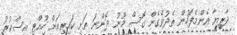
ދާރިޔާ އެންމެފަހުން ތެދުވެގެން ގޮސް މޫނު ދޮންނަ ތަށި ކައިރިއަށް ހުއްޓި އިސްކުރު